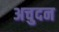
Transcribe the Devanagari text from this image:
अचुदन